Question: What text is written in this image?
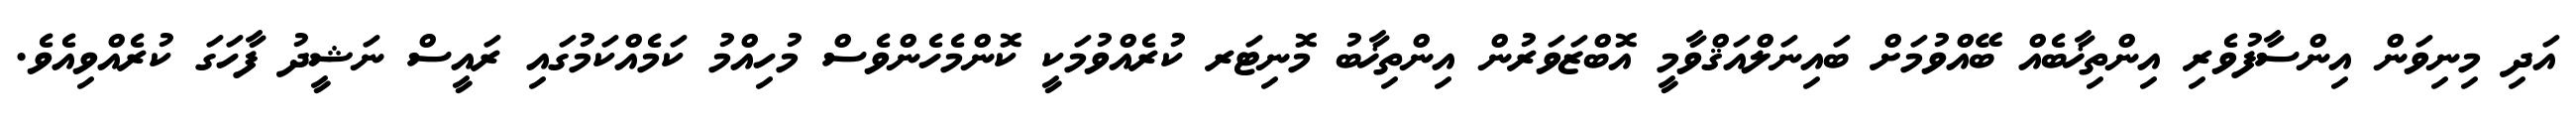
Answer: އަދި މިނިވަން އިންސާފުވެރި އިންތިޚާބެއް ބޭއްވުމަށް ބައިނަލްއަޤްވާމީ އޮބްޒަވަރުން އިންތިޚާބު މޮނިޓަރ ކުރެއްވުމަކީ ކޮންމެހެންވެސް މުހިއްމު ކަމެއްކަމުގައި ރައީސް ނަޝީދު ފާހަގަ ކުރެއްވިއެވެ.